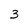
Character: 3